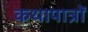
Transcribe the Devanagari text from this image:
कथापात्रों